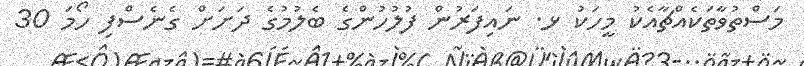
މަސްތުވާތަކެއްޗާއެކު މީހަކު ޅ. ނައިފަރުން ފުލުހުންގެ ބެލުމުގެ ދަށަށް ގެނެސްފި ހޯމަ 30